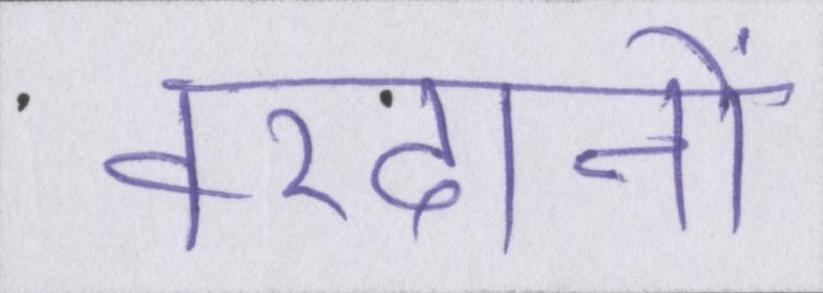
वरदानों